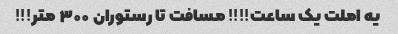
یه املت یک ساعت!!!! مسافت تا رستوران ۳۰۰ متر!!!